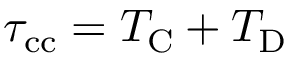
\tau _ { \mathrm { c c } } = T _ { \mathrm { C } } + T _ { \mathrm { D } }